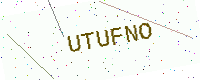
Text: UTUFNO